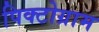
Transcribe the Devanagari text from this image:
पिक्टोग्राम